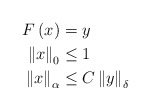
\begin{align*}F\left( x\right) & =y\\\left\Vert x\right\Vert _{0} & \leq1\\\left\Vert x\right\Vert _{\alpha} & \leq C\left\Vert y\right\Vert _{\delta}\end{align*}